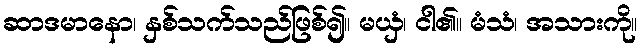
ဆာဒမာနော၊ နှစ်သက်သည်ဖြစ်၍။ မယှံ၊ ငါ၏။ မံသံ၊ အသားကို။